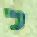
ל